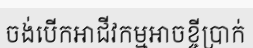
ចង់បើកអាជីវកម្មអាចខ្ចីប្រាក់